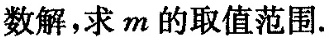
数解，求m的取值范围。